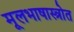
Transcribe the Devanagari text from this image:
मूलभाषास्त्रोत